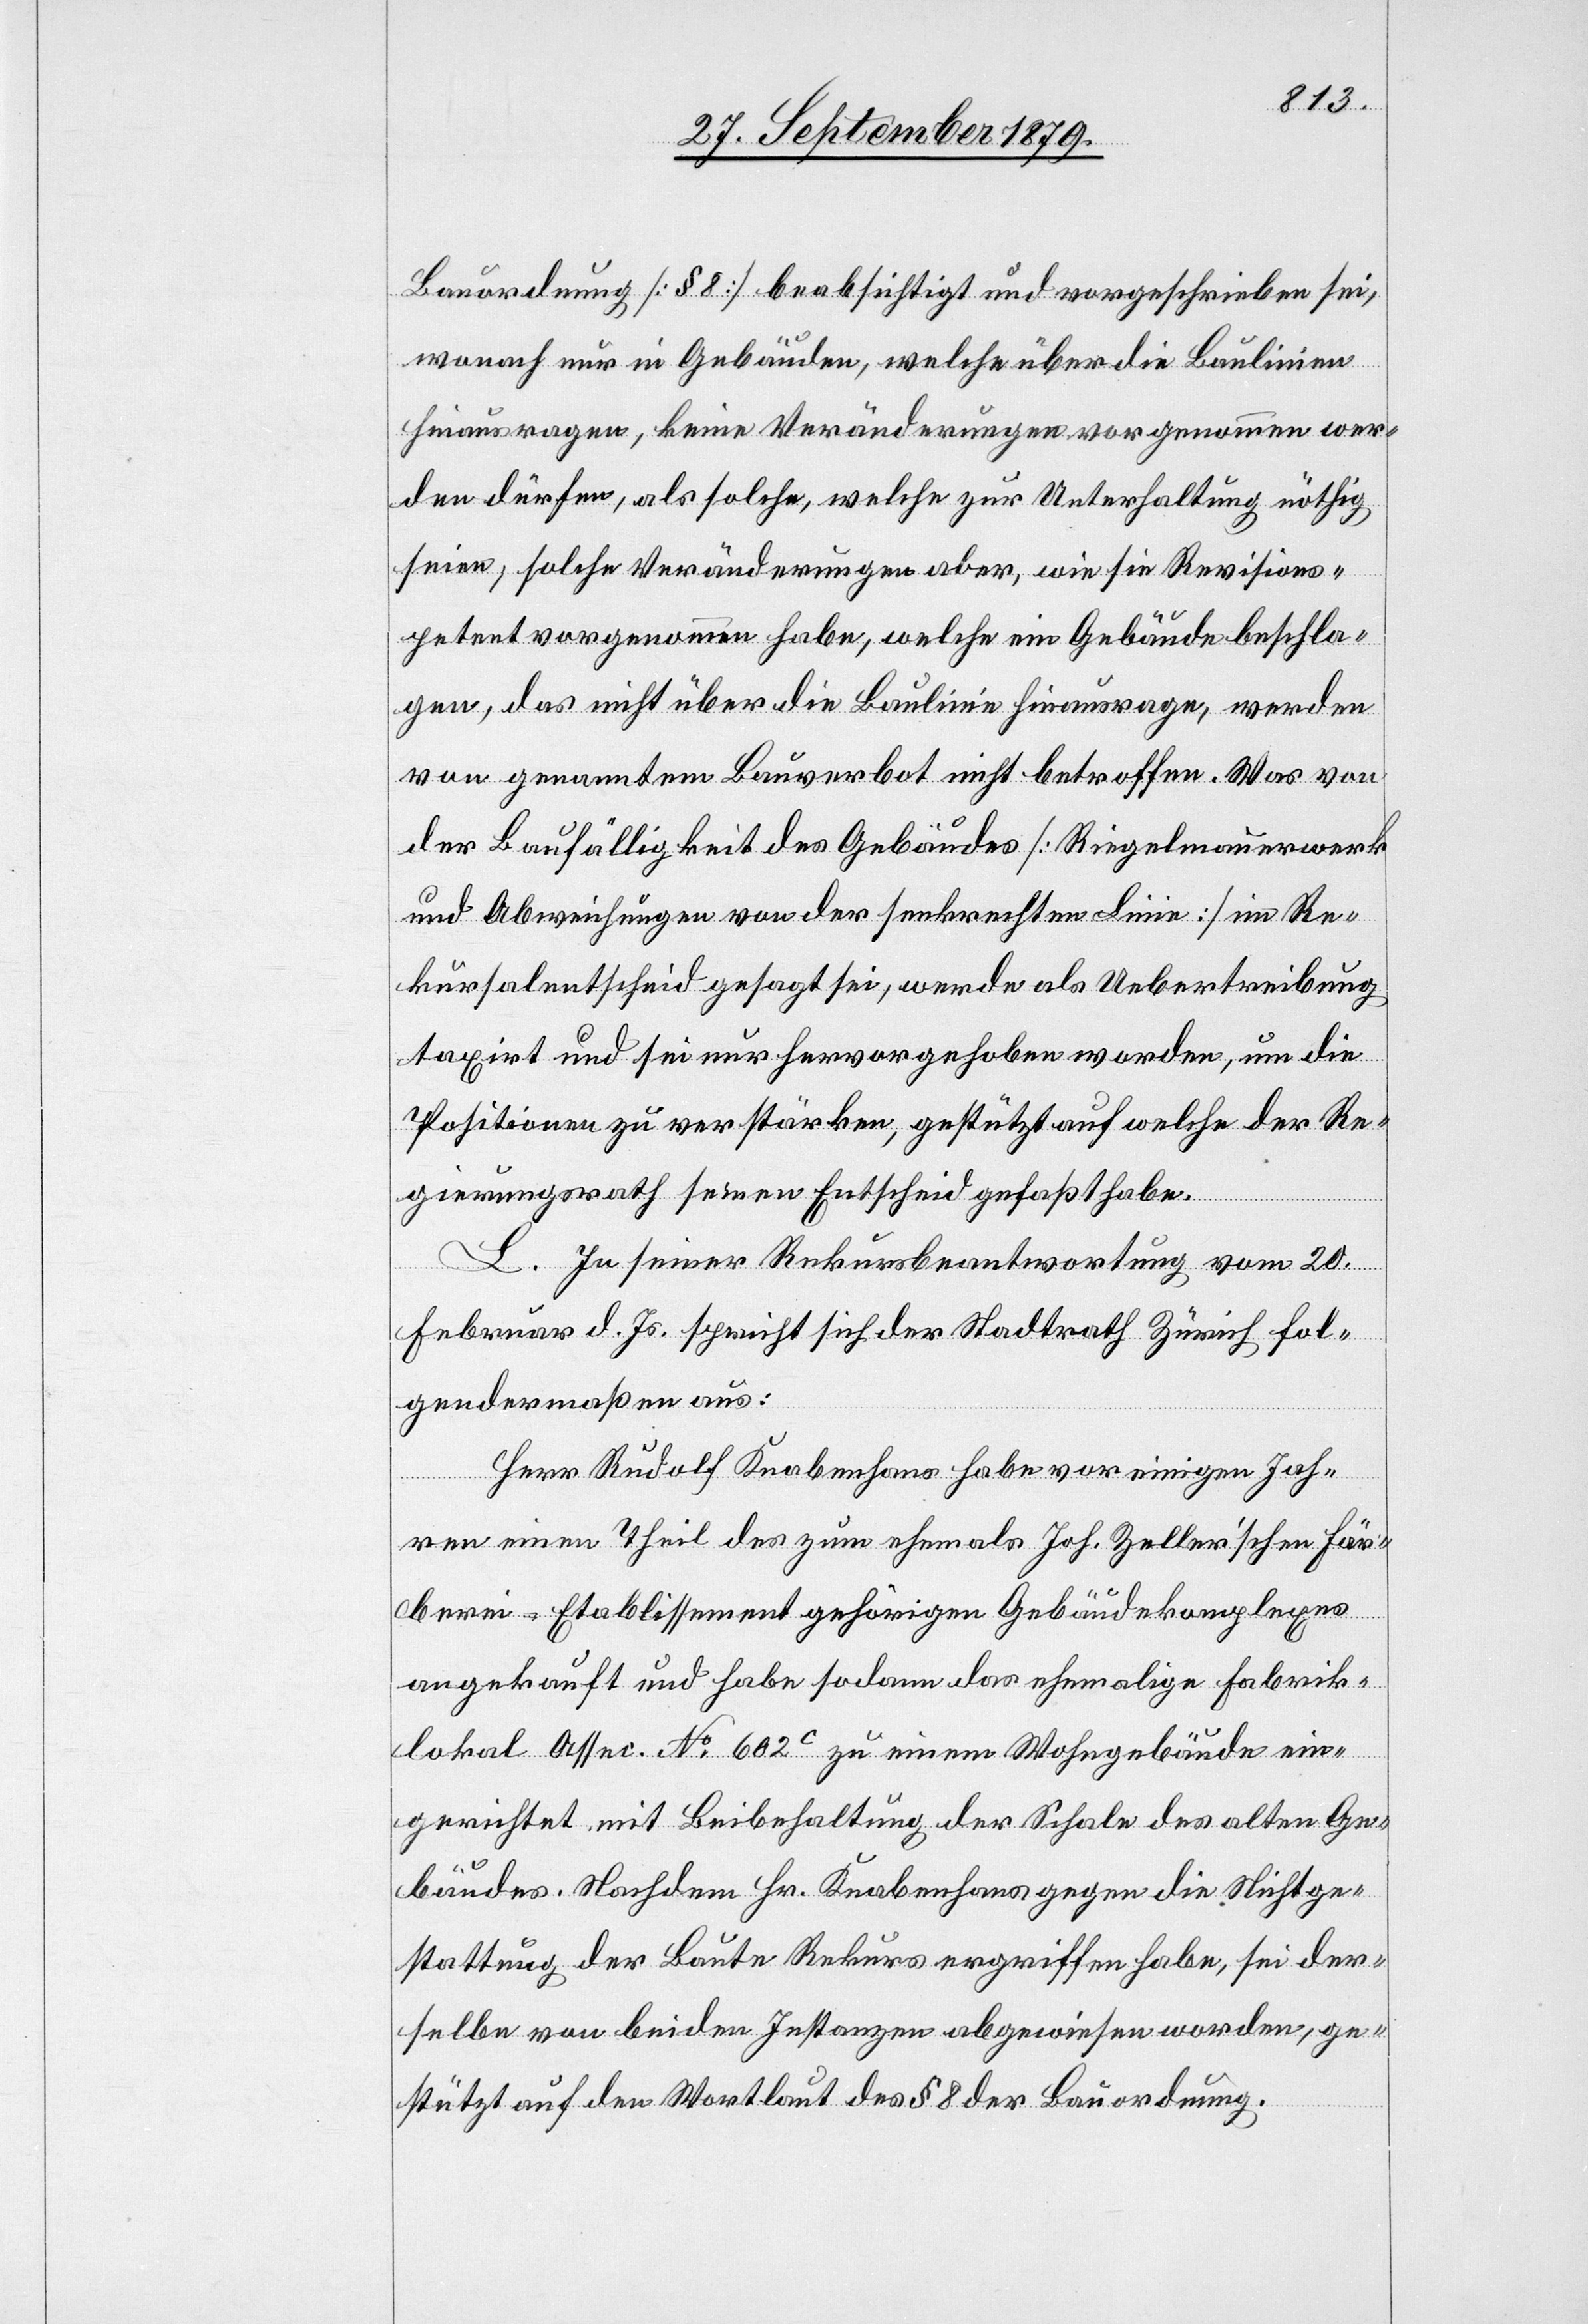
Bauordnung [§ 8] beabsichtigt und vorgeschrieben sei,
wonach nur in Gebäuden, welche über die Baulinien
hinausragen, keine Veränderungen vorgenommen wer¬
den dürfen, als solche, welche zur Unterhaltung nöthig
seien, solche Veränderungen aber, wie sie Revisions¬
petent vorgenommen habe, welche ein Gebäude beschla¬
gen, das nicht über die Baulinie hinausrage, werden
von genanntem Bauverbot nicht betroffen. Was von
der Baufälligkeit des Gebäudes [Riegelmauerwerk
und Abweichungen von der senkrechten Linie] im Re¬
kursalentscheid gesagt sei, werde als Uebertreibung
taxiert und sei nur hervorgehoben worden, um die
Positionen zu verstärken, gestützt auf welche der Re¬
gierungsrath seinen Entscheid gefaßt habe.
L. In seiner Rekursbeantwortung vom 20.
Februar d. Js. spricht sich der Stadtrath Zürich fol¬
gendermaßen aus:
Herr Rudolf Knabenhans habe vor einigen Jah¬
ren einen Theil des zum ehemals Joh. Zeller’schen Fär¬
berei-Etablissement gehörigen Gebäudekomplexes
angekauft und habe sodann das ehemalige Fabrik¬
lokal Assec. No 602c zu einem Wohngebäude ein¬
gerichtet mit Beibehaltung der Schale des alten Ge¬
bäudes. Nachdem Hr. Knabenhans gegen die Nichtge¬
stattung der Baute Rekurs ergriffen habe, sei der¬
selbe von beiden Instanzen abgewiesen worden, ge¬
stützt auf den Wortlaut des § 8 der Bauordnung.